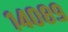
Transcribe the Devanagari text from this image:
१४०८९